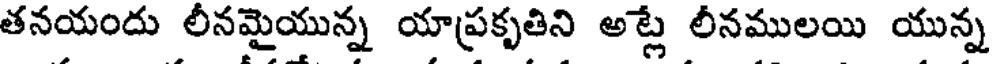
తనయందు లీనమైయున్న యాప్రకృతిని అట్లే లీనములయి యున్న